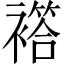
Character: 𧝡